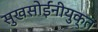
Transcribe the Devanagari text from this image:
सुखसोईंनीयुक्त